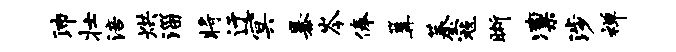
沛壮涪烘淄将迂冥暴岑俸篝蓁寇晰凛涉禅